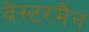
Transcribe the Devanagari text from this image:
वेस्टरमैन